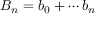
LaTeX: B _ { n } = b _ { 0 } + \cdots b _ { n }